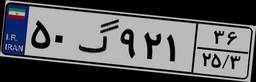
۴۴گ۶۳۲۹۶